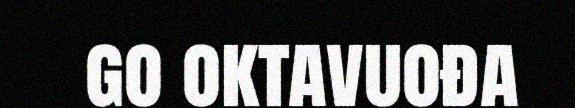
go oktavuođa